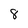
Character: 8